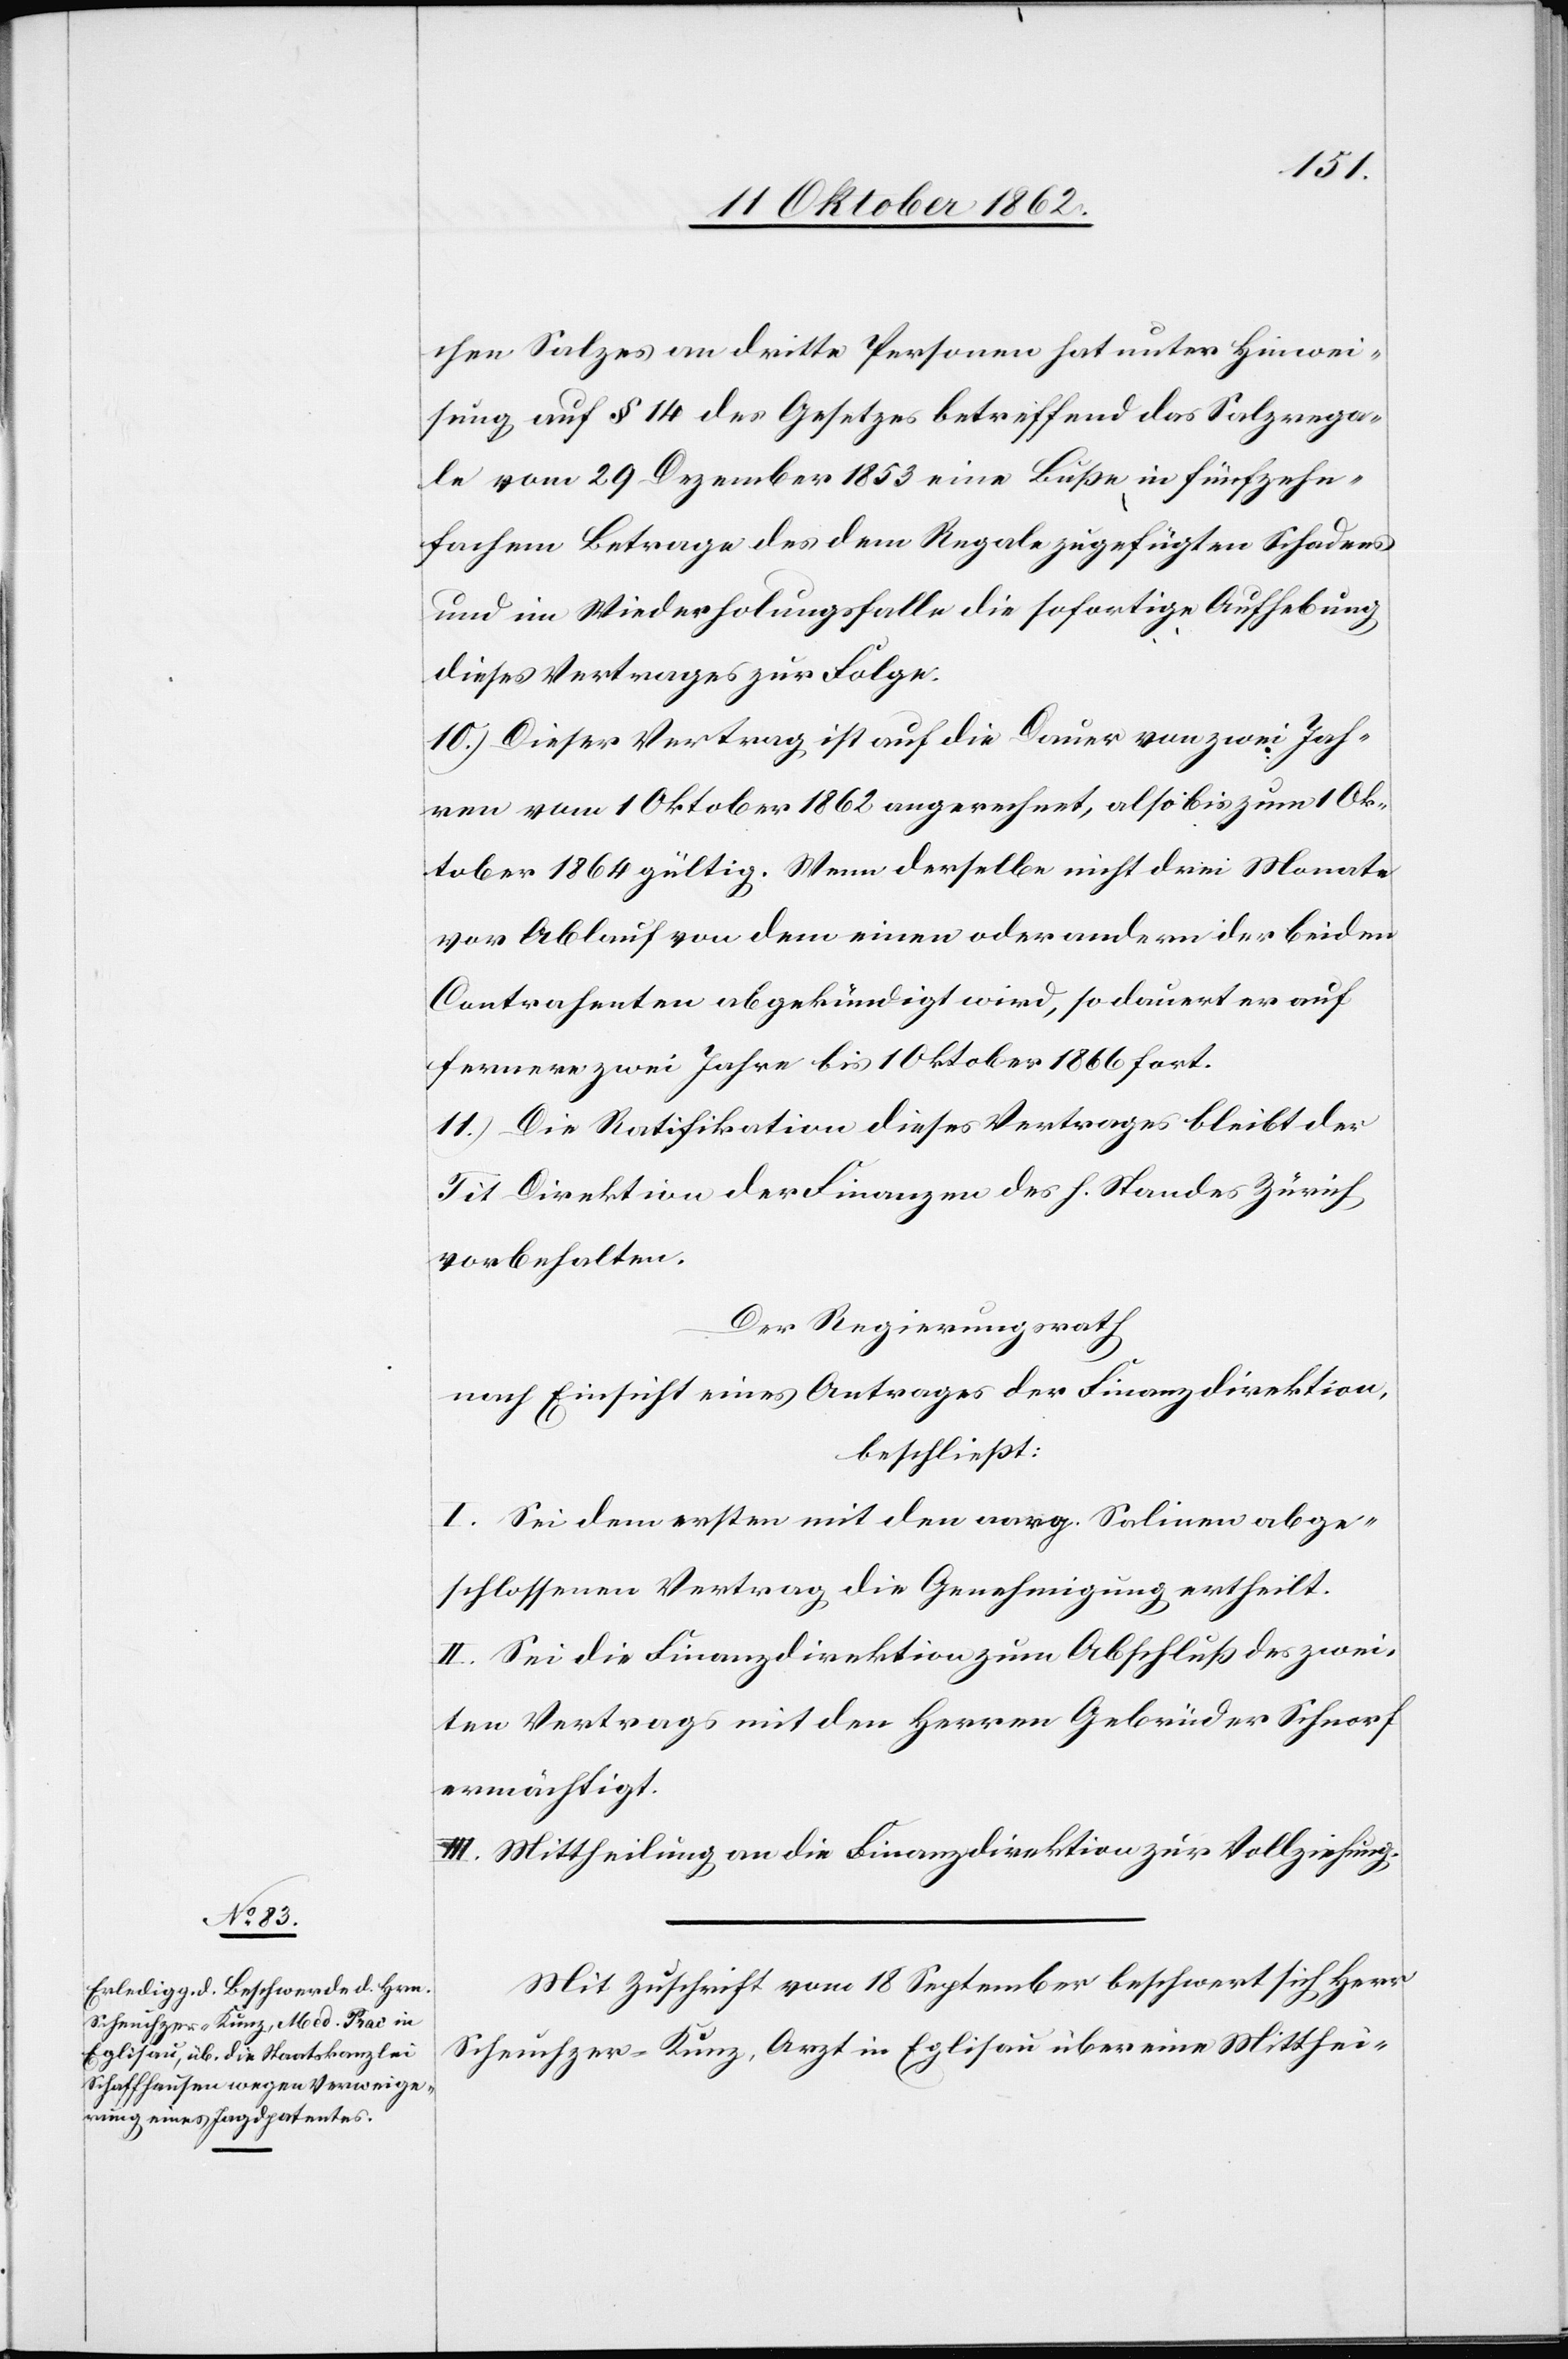
chen Salzes an dritte Personen hat unter Hinwei¬
sung auf § 14 des Gesetzes betreffend das Salzrega¬
le vom 29. Dezember 1853 eine Buße in fünfzehn¬
fachem Betrage des dem Regale zugefügten Schadens
und im Wiederholungsfalle die sofortige Aufhebung
dieses Vertrages zur Folge.
10. Dieser Vertrag ist auf die Dauer von zwei Jah¬
ren vom 1. Oktober 1862 abgerechnet, also bis zum 1. Ok¬
tober 1864 gültig. Wenn derselbe nicht drei Monate
vor Ablauf von dem einen oder andern der beiden
Contrahenten abgekündigt wird, so dauert er auf
fernere zwei Jahre bis 1. Oktober 1866 fort.
11. Die Ratifikation dieses Vertrages bleibt der
Tit. Direktion der Finanzen des h. Standes Zürich
vorbehalten.
Der Regierungsrath
nach Einsicht eines Antrages der Finanzdirektion,
beschließt:
I. Sei dem ersten mit den vorg. Salinen abge¬
schlossenen Vertrag die Genehmigung ertheilt.
II. Sei die Finanzdirektion zum Abschluß des zwei¬
ten Vertrags mit den Herren Gebrüder Schnorf
ermächtigt.
III. Mittheilung an die Finanzdirektion zur Vollziehung.
Mit Zuschrift vom 18 September beschwert sich Herr
Scheuchzer-Kunz, Arzt in Eglisau über eine Mitthei-